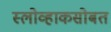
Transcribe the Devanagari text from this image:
स्लोव्हाकसोबत